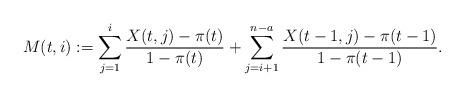
LaTeX: \begin{align*}M(t,i):= \sum_{j=1}^i \frac{X(t,j)-\pi(t)}{1-\pi(t)}+\sum_{j=i+1}^{n-a}\frac{X(t-1,j)-\pi(t-1)}{1-\pi(t-1)}.\end{align*}